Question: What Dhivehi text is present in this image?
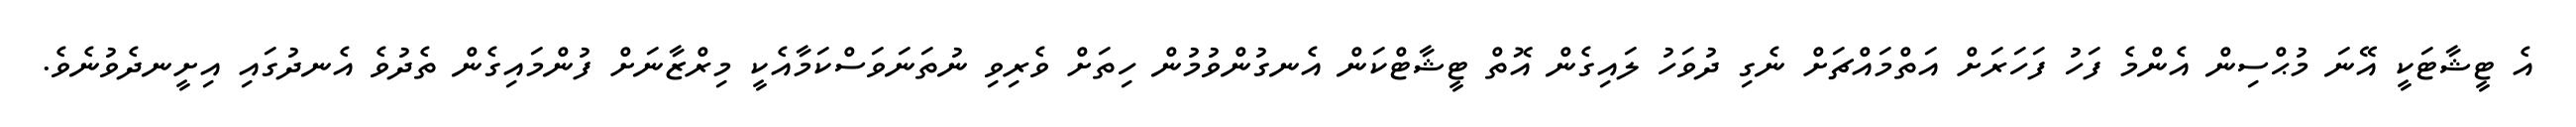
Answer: އެ ޓީޝާޓަކީ އޭނަ މުޙްސިން އެންމެ ފަހު ފަހަރަށް އަތްމައްޗަށް ނެގި ދުވަހު ލައިގެން އޮތް ޓީޝާޓްކަން އެނގުންވުމުން ހިތަށް ވެރިވި ނުތަނަވަސްކަމާއެކީ މިރްޒާނަށް ފުންމައިގެން ތެދުވެ އެނދުގައި އިށީނދެވުނެވެ.